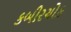
કબીરચોક